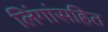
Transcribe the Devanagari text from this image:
लिंगांसहित